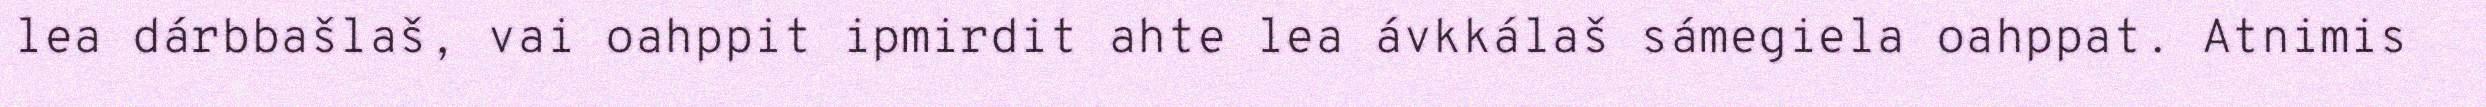
lea dárbbašlaš, vai oahppit ipmirdit ahte lea ávkkálaš sámegiela oahppat. Atnimis